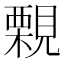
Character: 𧢀